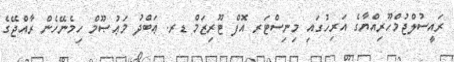
ރައީސުލްޖުމްހޫރިއްޔާގެ އަރިހުގައި މިނިސްޓަރ އޮފް ޓޫރިޒަމް ޑރ. ޢަބްދު މަޢުޞޫމް ހިމެނޭހެން ރާއްޖޭގެ